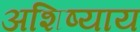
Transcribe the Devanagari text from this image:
अशिष्याय